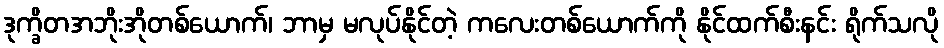
ဒုက္ခိတအဘိုးအိုတစ်ယောက်၊ ဘာမှ မလုပ်နိုင်တဲ့ ကလေးတစ်ယောက်ကို နိုင်ထက်စီးနင်း ရိုက်သလို